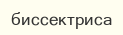
биссектриса